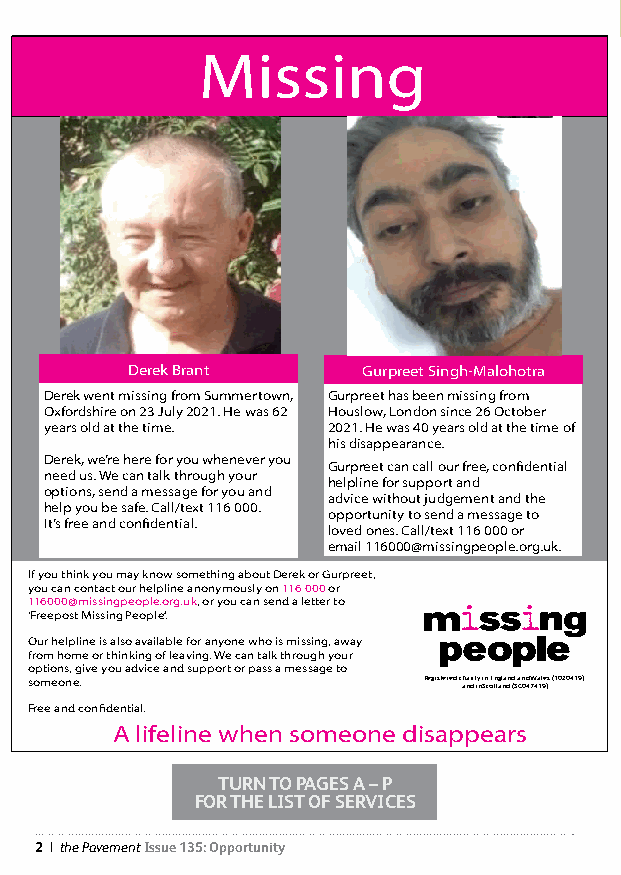
Missing
 Derek Brant     Gurpreet Singh-Malohotra
 Derek went missing from Summertown, Gurpreet has been missing from
 Oxfordshire on 23 July 2021. He was 62 Houslow, London since 26 October
 years old at the time. 2021. He was 40 years old at the time of
 his disappearance.
 Derek, we’re here for you whenever you
 Gurpreet can call our free, confidential
 need us. We can talk through your
 helpline for support and
 options, send a message for you and
 advice without judgement and the
 help you be safe. Call/text 116 000.
 opportunity to send a message to
 It’s free and confidential.
 loved ones. Call/text 116 000 or
 email 116000@missingpeople.org.uk.
 If you think you may know something about Derek or Gurpreet,
 you can contact our helpline anonymously on 116 000 or
 116000@missingpeople.org.uk, or you can send a letter to
 ‘Freepost Missing People’.
 Our helpline is also available for anyone who is missing, away
 from home or thinking of leaving. We can talk through your
 options, give you advice and support or pass a message to
 someone.                  Registered c ah na dri t iny i Sn c oE tn lg al na dn d (S a Cn 0d 4 7W 4a 1l 9e )s (1020419)
 Free and confidential.
 A lifeline when someone disappears
 TURN TO PAGES A – P
 FOR THE LIST OF SERVICES
 2 | the Pavement Issue 135: Opportunity